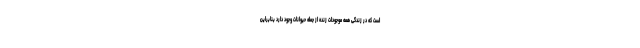
است که در زندگی همه موجودات زنده از جمله حیوانات وجود دارد بنابراین